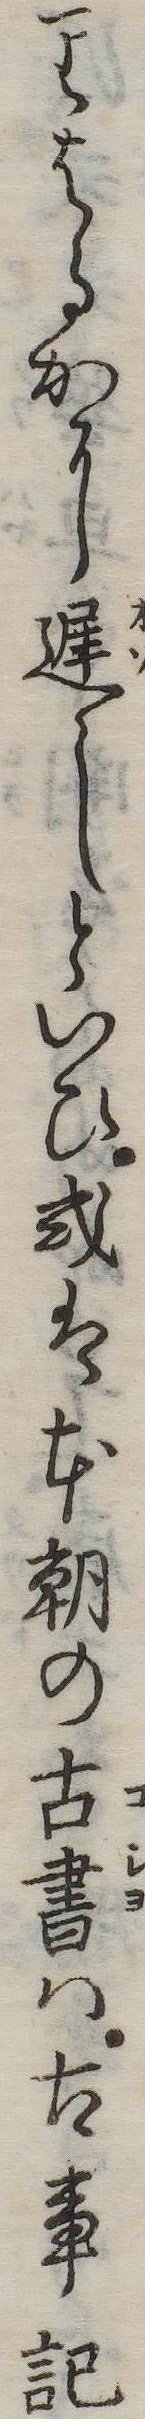
りはるかに遅しといひ或は本朝の古書は古事記